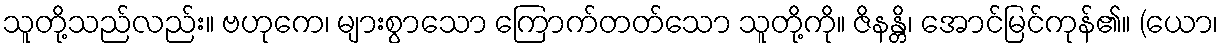
သူတို့သည်လည်း။ ဗဟုကေ၊ များစွာသော ကြောက်တတ်သော သူတို့ကို။ ဇိနန္တိ၊ အောင်မြင်ကုန်၏။ (ယော၊